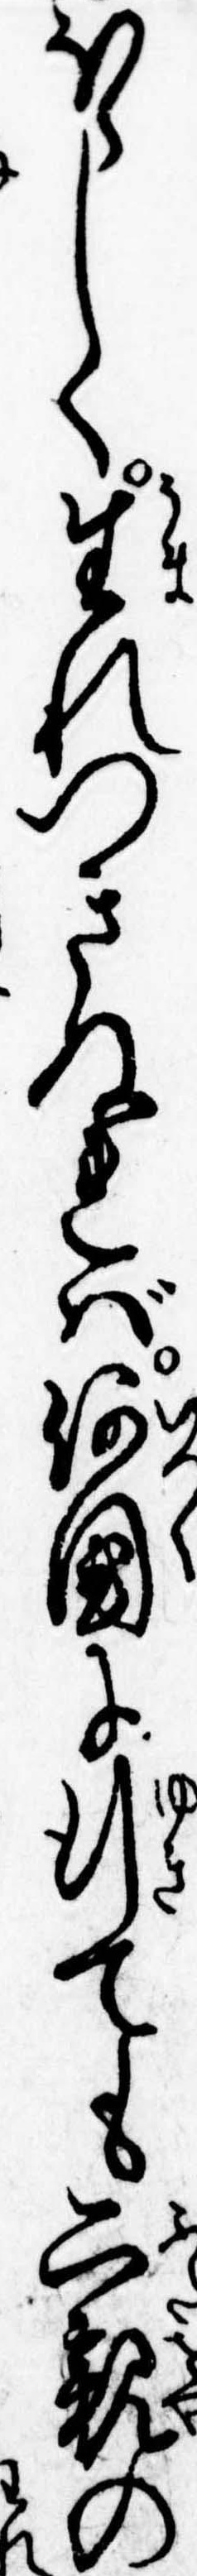
ほらしく生れつきぬれば何国に行ても二親の